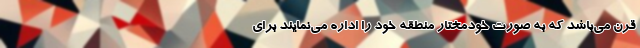
قرن می‌باشد که به صورت خودمختار منطقه خود را اداره می‌نمایند برای